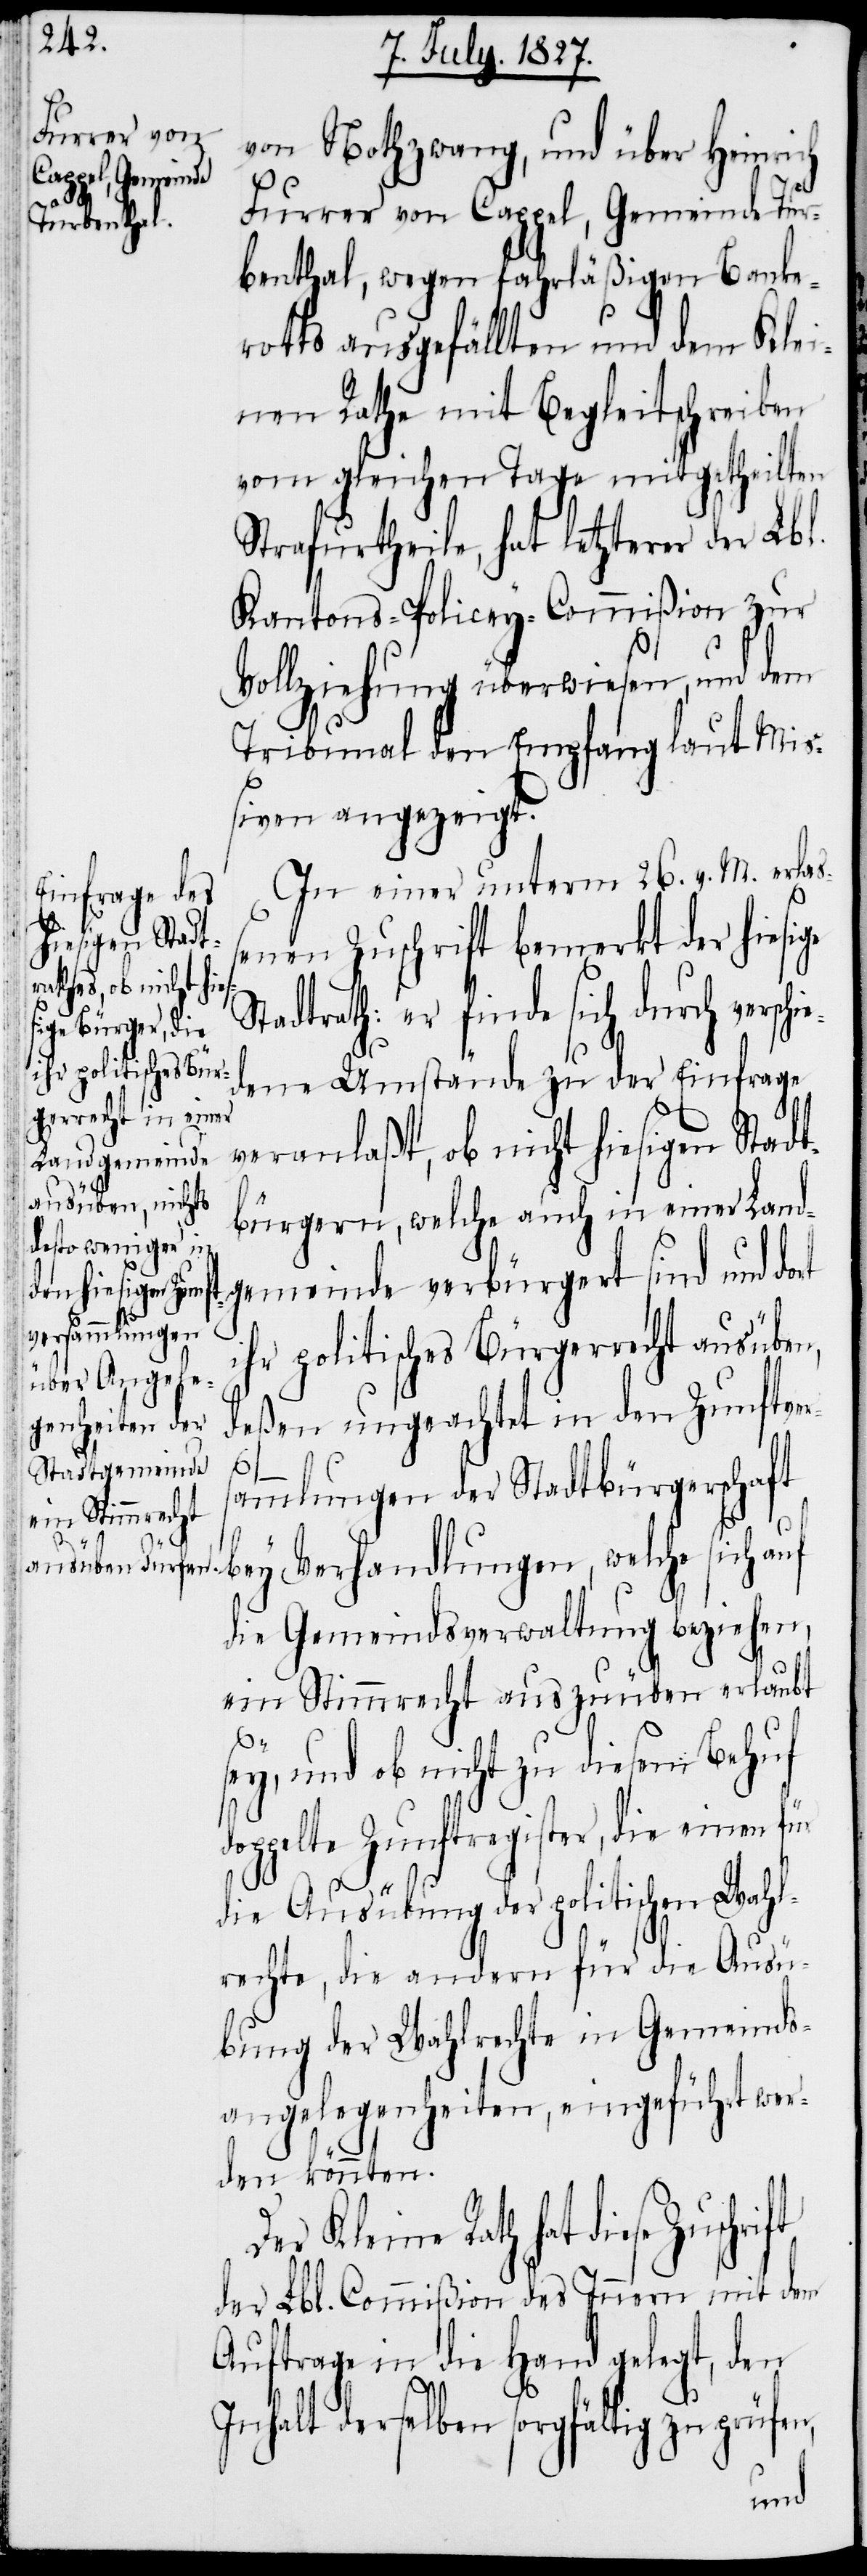
von Nothzwang, und über Heinrich
Furrer von Cappel, Gemeinde Thur¬
benthal, wegen fahrläßigen Banke¬
rotts ausgefällten und dem Klei¬
nen Rathe mit Begleitschreiben
vom gleichen Tage mitgetheilten
Strafurtheile, hat letzterer der Lbl.
Kantons-Policey-Commißion zur
Vollziehung überwiesen, und dem
Tribunal den Empfang laut Miß¬
iven angezeigt.
In einer unterm 26. v. M. erla¬
ßenen Zuschrift bemerkt der hiesi¬
lche sich auf
tadtrath: er finde sich durch versc¬
dene Umstände zu der Einfrage
veranlaßt, ob nicht hiesigen Stadt¬
bürgern, welche auch in einer Land¬
gemeinde verbürgert sind und dort
Verhandlungen,
ihr politisches Bürgerrecht ausüben,
deßen ungeachtet in den Zunftver¬
ammlungen der Stadtbürgerschaft
ge
die Gemeindsverwaltung beziehen,
ein Stimmrecht auszuüben erlaubt
dop¬
ey, und ob nicht zu diesem Behuf
pelte Zunftregister, die einen
die Ausübung der politischen Wahl¬
rechte, die andern für die Ausü¬
bung der Wahlrechte in Gemeinds¬
angelegenheiten, eingeführt wer¬
den könnten.
Kleine Rath hat diese
der Lbl. Commißion des Innern mit dem
Auftrage in die Hand gelegt, den
Inhalt derselben sorgfältig zu prüfen,